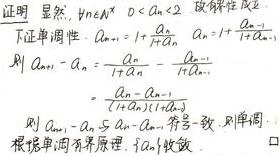
证明：显然，$\forall n\in \mathbb{N}^*,0 < a_n < 2$. 故 $\{a_n\}$ 有界.

下证单调性：$a_{n + 1}=1+\frac{a_n}{1 + a_n},a_n=1+\frac{a_{n-1}}{1 + a_{n-1}}$

则 $a_{n + 1}-a_n=\frac{a_n}{1 + a_n}-\frac{a_{n - 1}}{1 + a_{n - 1}}$

$=\frac{a_n(1 + a_{n - 1})-a_{n - 1}(1 + a_n)}{(1 + a_n)(1 + a_{n - 1})}$

$=\frac{a_n - a_{n - 1}}{(1 + a_n)(1 + a_{n - 1})}$

则 $a_{n + 1}-a_n$ 与 $a_n - a_{n - 1}$ 符号一致. 则 $\{a_n\}$ 单调.

根据单调有界原理，$\{a_n\}$ 收敛. $\square$